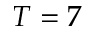
T = 7